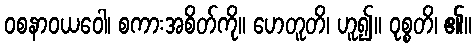
ဝစနာဝယဝေါ၊ စကားအစိတ်ကို။ ဟေတူတိ၊ ဟူ၍။ ဝုစ္စတိ၊ ၏။